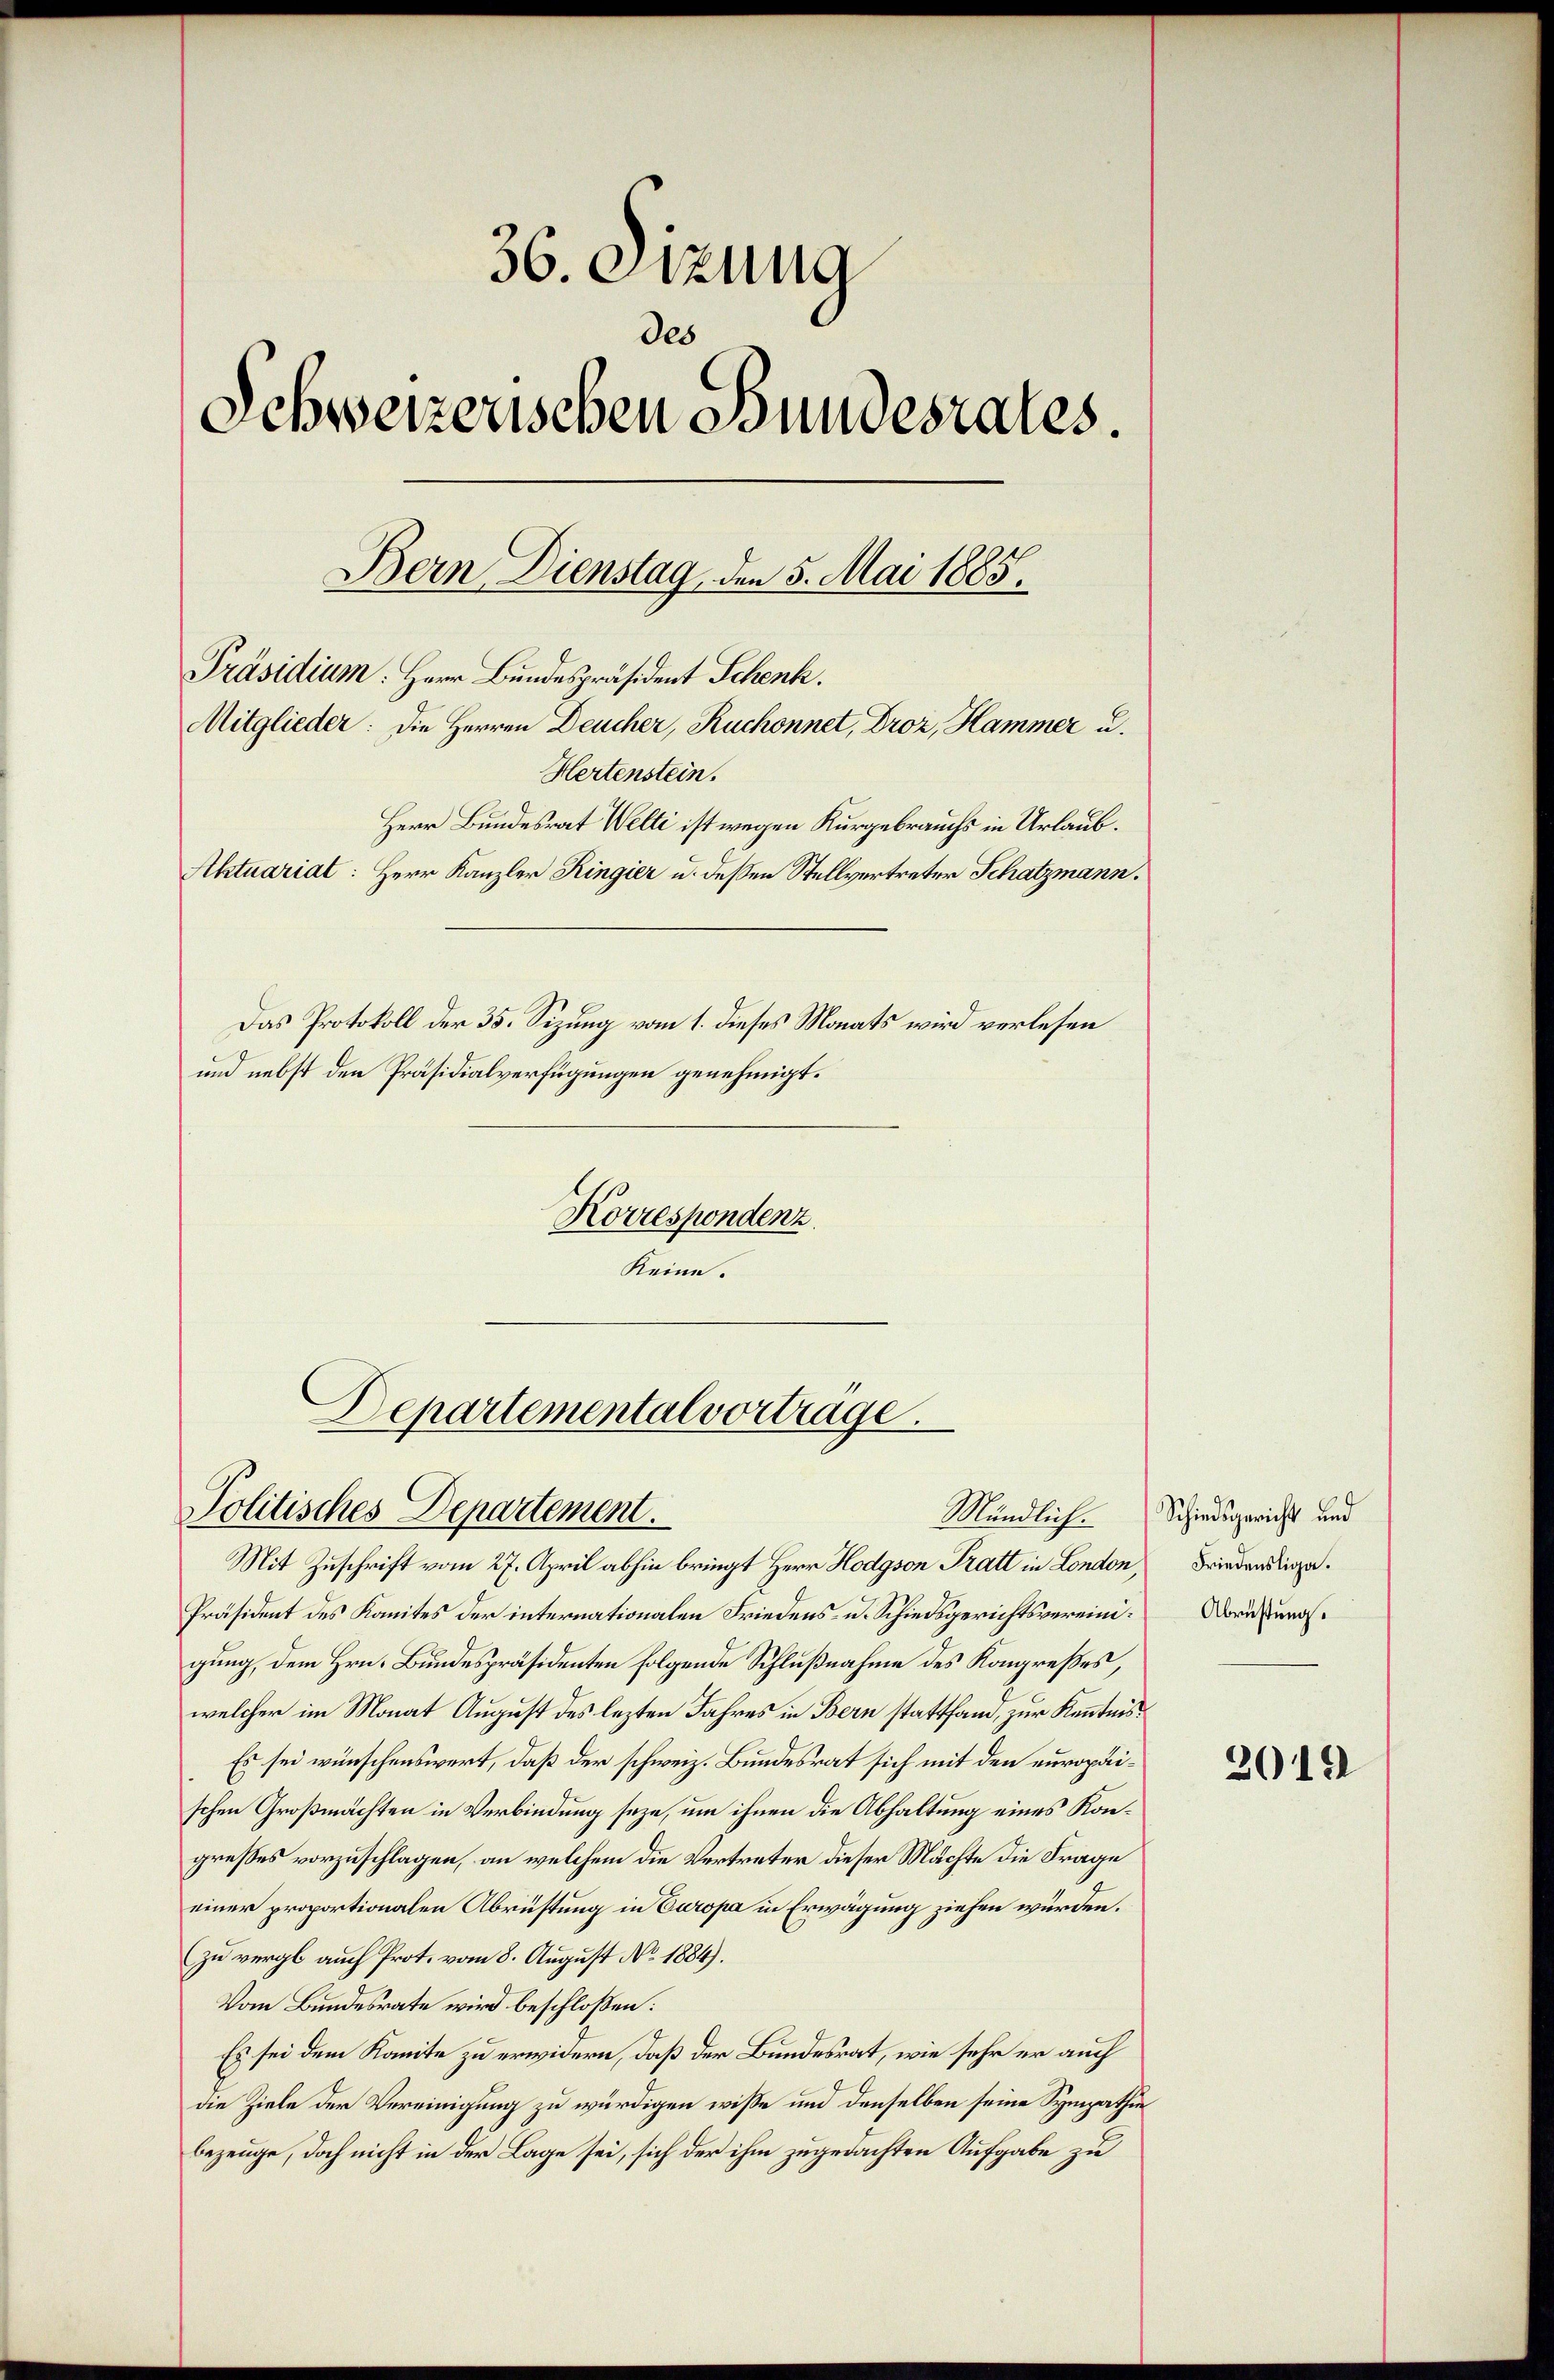
36. Sitzung
des
Schweizerischen Bundesrates.
Bern Dienstag, den 5. Mai 1885.
Präsidium. Herr Bundespräsident Schenk.
Mitglieder: Die Herren Deucher, Ruchonnet, Droz, Hammer u.
Hertenstein.
Herr Bundesrat Welti ist wegen Kurgebrauchs in Urlaub¬
Aktuariat: Herr Kanzler Ringier u. dessen Stellvertreter Schatzmann.
Das Protokoll der 35. Sizung vom 1. dieses Monats wird verlesen
und nebst den Präsidialverfügungen genehmigt.
Korrespondenz
Keine.

Departemental vortrage.
Politisches Departement.

Mit Zuschrift vom 27. April abhin bringt Herr Hodgson Tratt in London,
Präsident des Komites der internationalen Friedens- u. Schiedsgerichtsvereinigung, dem Hrn. Bundespräsidenten folgende Schlußnahme des Kongreßes,
welcher im Monat August des lezten Jahres in Bern stattsam, zur Kenntnis¬
Es sei wünschenswert, daß der schweiz. Bundesrat sich mit den europäischen Großmächten in Verbindung seye, um ihnen die Abhaltung eines Kongreßes vorzuschlagen, an welchem die Vertreter dieser Mächte die Frage
einer proportionalen Abrüstung in Europa in Erwägung ziehen würden.
(zu vergl. auch Prot. vom 8. August No. 1884).
Vom Bundesrate wird beschloßen:
Es sei dem Kante zu erwidern, daß der Bundesrat, wie sehr er auch
die Ziele der Vereinigung zu würdigen wisse und denselben seine Sympathie
bezeuge, doch nicht in der Lage sei, sich der ihm zugedachten Aufgabe zu

Mündlich. Schiedsgericht und
Friedensliga.
Abrüstung.

2019